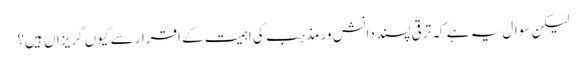
لیکن سوال یہ ہے کہ ترقی پسند دانش ور مذہب کی اہمیت کے اقرار سے کیوں گریزاں ہیں؟